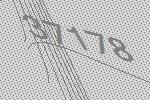
37178